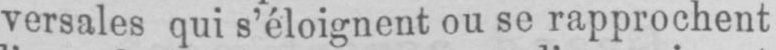
versales qui s’éloignent ou se rapprochent